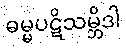
ဓမ္မပဋိသမ္ဘိဒါ